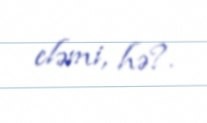
eləmi, hə?.